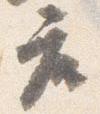
座